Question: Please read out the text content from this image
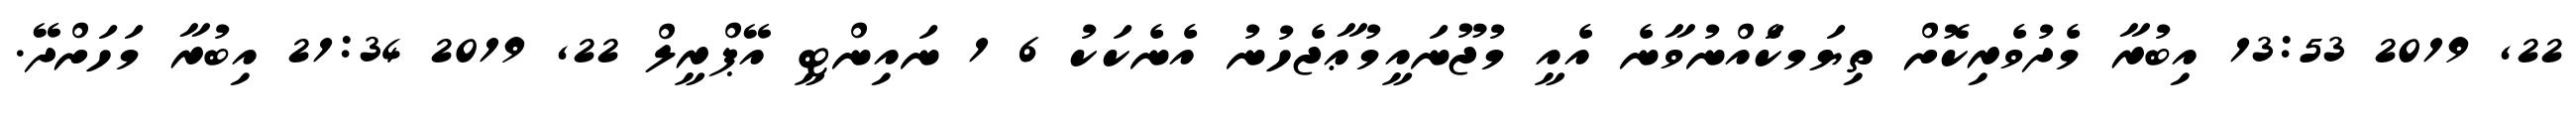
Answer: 22, 2019 13:53 އިބުރާ މެދުވެރިކޮށް ތިޔަމކަެއްނުވާނެ އެއީ މުޖޫނައީމުޢާޖެހުނު އެނެކަކު 6 1 ނައިންޓީ އޭޕްރީލް 22, 2019 21:34 އިބުރާ މަހަށްދޭ.